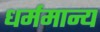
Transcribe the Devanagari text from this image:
धर्ममान्य